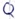
Text: Q